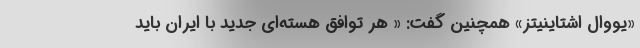
«یووال اشتاینیتز» همچنین گفت: « هر توافق هسته‌ای جدید با ایران باید